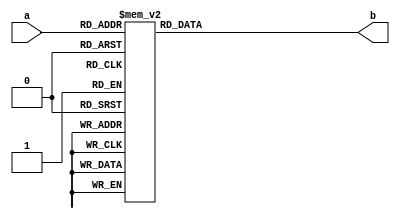
`timescale 1ns / 1ps

module BCD3(a,b);
input [2:0] a;
output reg [3:0] b;

always @(*)
begin
	case (a) //Use ROM
	3'b000:b=4'b0000; //Left hand should be REG
	3'b001:b=4'b0001;
	3'b011:b=4'b0011;
	3'b010:b=4'b0010;
	3'b110:b=4'b0110;
	3'b111:b=4'b0111;
	3'b101:b=4'b0101;
	3'b100:b=4'b0100;
	default:b=4'b1111;
	endcase
end
	


endmodule